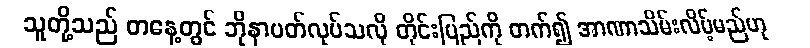
သူတို့သည် တနေ့တွင် ဘိုနာပတ်လုပ်သလို တိုင်းပြည်ကို တက်၍ အာဏာသိမ်းလိမ့်မည်ဟု